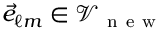
\vec { e } _ { \ell m } \in \mathcal { V } _ { \mathrm { ~ n ~ e ~ w ~ } }